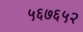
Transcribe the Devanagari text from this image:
५६७६५२